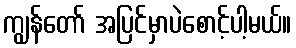
ကျွန်တော် အပြင်မှာပဲစောင့်ပါ့မယ်။